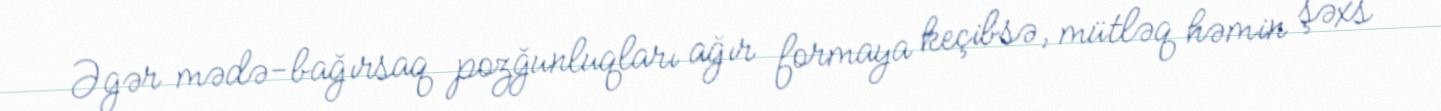
Əgər mədə-bağırsaq pozğunluqları ağır formaya keçibsə, mütləq həmin şəxs